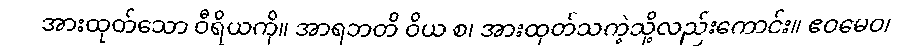
အားထုတ်သော ဝီရိယကို။ အာရဘတိ ဝိယ စ၊ အားထုတ်သကဲ့သို့လည်းကောင်း။ ဧဝမေဝ၊